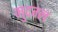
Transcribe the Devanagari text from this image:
मुदग्ल